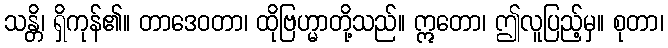
သန္တိ၊ ရှိကုန်၏။ တာဒေဝတာ၊ ထိုဗြဟ္မာတို့သည်။ ဣတော၊ ဤလူပြည့်မှ။ စုတာ၊